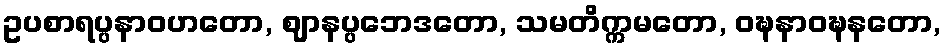
ဥပစာရပ္ပနာဝဟတော, ဈာနပ္ပဘေဒတော, သမတိက္ကမတော, ဝဍ္ဎနာဝဍ္ဎနတော,